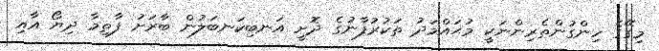
މިގޭގެ ހިންގުންތެރިންނަކީ މުޙައްމަދު ތަކުރުފާނުގެ ދޮށީ އަނބިކަނބަލުން ބާރަށު ފާތިމާ ދިޔޯ އާއި